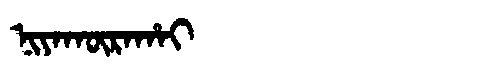
Manchu: ᠨᡳᠶᠠᡴᡡᡵᠠᡥᠠᡳ
Romanization: NIYAKŪRAHAI